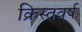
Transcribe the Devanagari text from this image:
क्रिस्तवर्ष